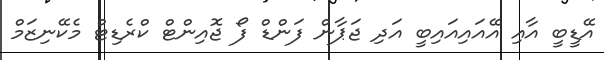
އޭޑީބީ އާއި އޭއައިއައިބީ އަދި ޖަޕާން ފަންޑް ފޯ ޖޮއިންޓް ކްރެޑިޓް މެކޭނިޒަމް